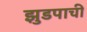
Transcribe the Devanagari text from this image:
झुडपाची